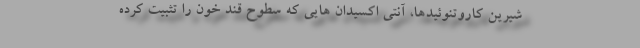
شیرین کاروتنوئیدها، آنتی اکسیدان هایی که سطوح قند خون را تثبیت کرده